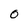
Character: 0